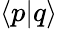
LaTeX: \langle p\vert q\rangle